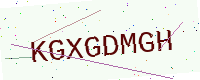
Text: KGXGDMGH